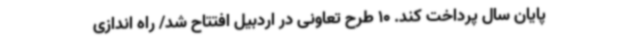
پایان سال پرداخت کند. 10 طرح تعاونی در اردبیل افتتاح شد/ راه اندازی